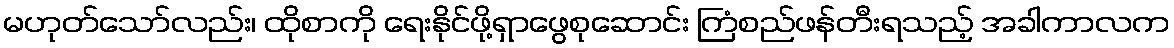
မဟုတ်သော်လည်း၊ ထိုစာကို ရေးနိုင်ဖို့ရှာဖွေစုဆောင်း ကြံစည်ဖန်တီးရသည့် အခါကာလက